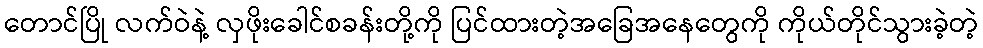
တောင်ပြို လက်ဝဲနဲ့ လှဖိုးခေါင်စခန်းတို့ကို ပြင်ထားတဲ့အခြေအနေတွေကို ကိုယ်တိုင်သွားခဲ့တဲ့